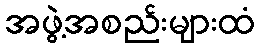
အဖွဲ့အစည်းများထံ